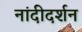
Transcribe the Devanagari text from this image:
नांदीदर्शन